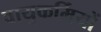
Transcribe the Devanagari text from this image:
वायुकर्मियों